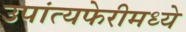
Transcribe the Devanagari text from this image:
उपांत्यफेरीमध्ये